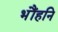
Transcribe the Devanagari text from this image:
भौंहनि